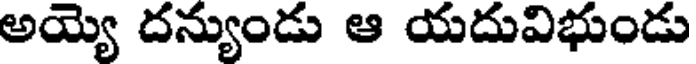
అయ్యె దన్యుండు ఆ యదువిభుండు